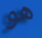
هو